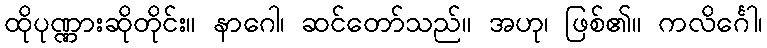
ထိုပုဏ္ဏားဆိုတိုင်း။ နာဂေါ၊ ဆင်တော်သည်။ အဟု၊ ဖြစ်၏။ ကလိင်္ဂေါ၊